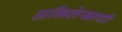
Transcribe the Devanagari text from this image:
अभिलेखाची